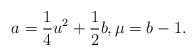
LaTeX: \begin{align*} a=\frac14 u^2+\frac12 b, \mu=b-1.\end{align*}